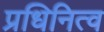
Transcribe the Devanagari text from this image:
प्रधिनित्व